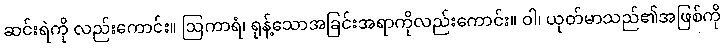
ဆင်းရဲကို လည်းကောင်း။ ဩကာရံ၊ ရုန့်သောအခြင်းအရာကိုလည်းကောင်း။ ဝါ၊ ယုတ်မာသည်၏အဖြစ်ကို